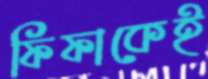
ফিফাকেই